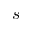
s